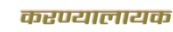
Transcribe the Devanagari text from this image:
करण्यालायक